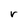
Character: r